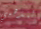
لتذهبي